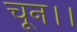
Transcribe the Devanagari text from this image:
चून।।